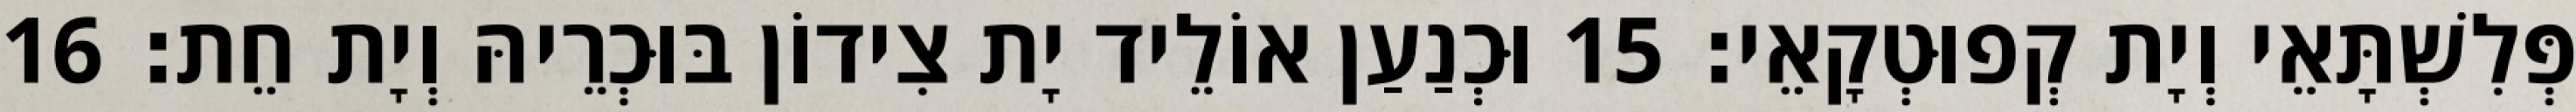
פְּלִשְׁתָּאֵי וְיָת קְפוּטְקָאֵי׃ 15 וּכְנַעַן אוֹלֵיד יָת צִידוֹן בּוּכְרֵיהּ וְיָת חֵת׃ 16